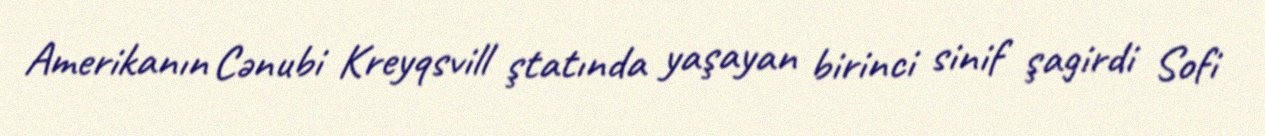
Amerikanın Cənubi Kreyqsvill ştatında yaşayan birinci sinif şagirdi Sofi